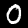
Label: 0